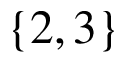
\{ 2 , 3 \}